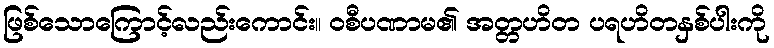
ဖြစ်သောကြောင့်လည်းကောင်း။ ဝစီပဏာမ၏ အတ္တဟိတ ပရဟိတနှစ်ပါးကို